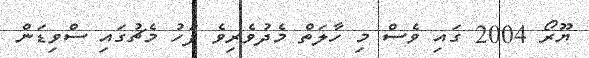
ޔޫރޯ 2004 ގައި ވެސް މި ހާލަތް މެދުވެރިވެ ފަހު މެޗުގައި ސްވިޑަން